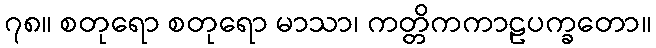
၇၈။ စတုရော စတုရော မာသာ၊ ကတ္တိကကာဠပက္ခတော။